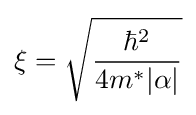
\xi ={\sqrt {\frac {\hbar ^{2}}{4m^{*}|\alpha |}}}